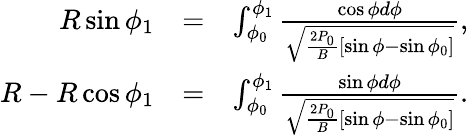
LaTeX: \begin{array}{rlr}{R\sin\phi_{1}}&{=}&{\int_{\phi_{0}}^{\phi_{1}}\frac{\cos\phi d\phi}{\sqrt{\frac{2P_{0}}{B}[\sin\phi-\sin\phi_{0}]}},}\\ {R-R\cos\phi_{1}}&{=}&{\int_{\phi_{0}}^{\phi_{1}}\frac{\sin\phi d\phi}{\sqrt{\frac{2P_{0}}{B}[\sin\phi-\sin\phi_{0}]}}.}\end{array}